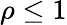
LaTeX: \rho\leq 1